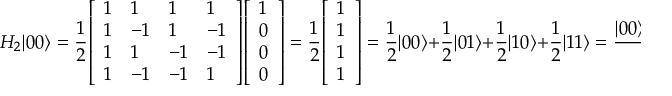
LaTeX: H _ { 2 } | 0 0 \rangle = { \frac { 1 } { 2 } } { \left[ \begin{array} { l l l l } { 1 } & { 1 } & { 1 } & { 1 } \\ { 1 } & { - 1 } & { 1 } & { - 1 } \\ { 1 } & { 1 } & { - 1 } & { - 1 } \\ { 1 } & { - 1 } & { - 1 } & { 1 } \end{array} \right] } { \left[ \begin{array} { l } { 1 } \\ { 0 } \\ { 0 } \\ { 0 } \end{array} \right] } = { \frac { 1 } { 2 } } { \left[ \begin{array} { l } { 1 } \\ { 1 } \\ { 1 } \\ { 1 } \end{array} \right] } = { \frac { 1 } { 2 } } | 0 0 \rangle + { \frac { 1 } { 2 } } | 0 1 \rangle + { \frac { 1 } { 2 } } | 1 0 \rangle + { \frac { 1 } { 2 } } | 1 1 \rangle = { \frac { | 0 0 \rangle + | 0 1 \rangle + | 1 0 \rangle + | 1 1 \rangle } { 2 } }